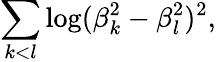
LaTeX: \sum_{k<l}\log(\beta_{k}^{2}-\beta_{l}^{2})^{2},